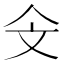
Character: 𣁁